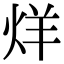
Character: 烊